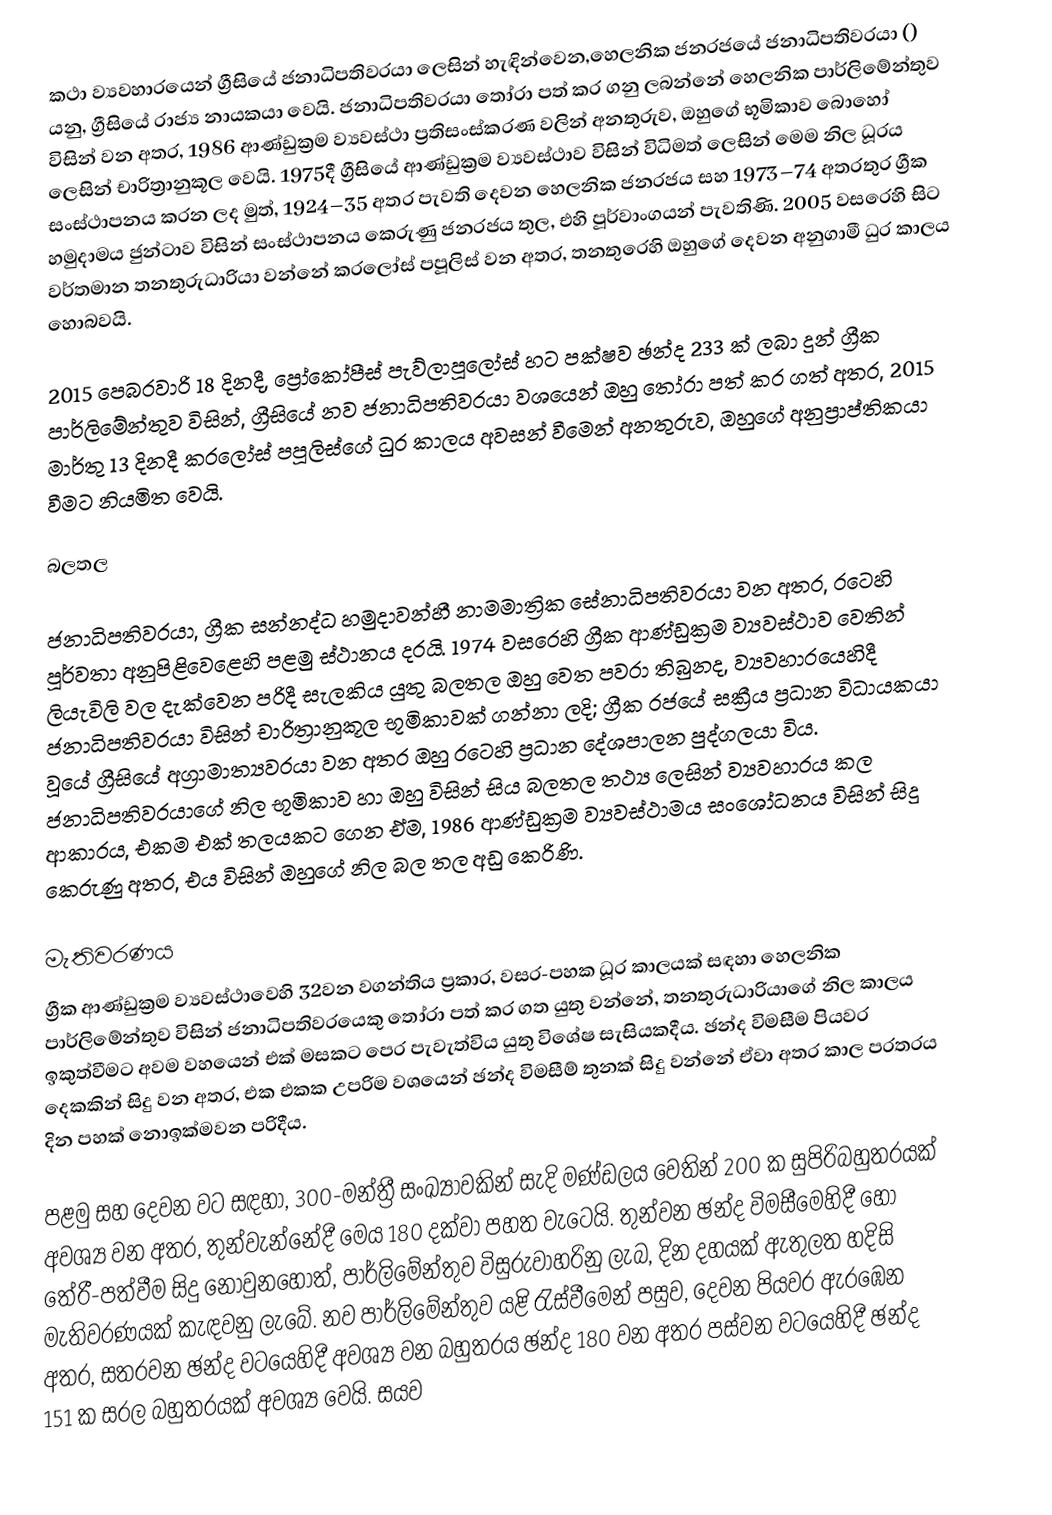
කථා ව්‍යවහාරයෙන් ග්‍රීසියේ ජනාධිපතිවරයා ලෙසින් හැඳින්වෙන,හෙලනික ජනරජයේ ජනාධිපතිවරයා () යනු, ග්‍රීසියේ රාජ්‍ය නායකයා වෙයි. ජනාධිපතිවරයා තෝරා පත් කර ගනු ලබන්නේ හෙලනික පාර්ලිමේන්තුව විසින් වන අතර, 1986 ආණ්ඩුක්‍රම ව්‍යවස්ථා ප්‍රතිසංස්කරණ වලින් අනතුරුව, ඔහුගේ භූමිකාව බොහෝ ලෙසින් චාරිත්‍රානුකූල වෙයි.  1975දී  ග්‍රීසියේ ආණ්ඩුක්‍රම ව්‍යවස්ථාව විසින්  විධිමත් ලෙසින් මෙම නිල ධූරය සංස්ථාපනය කරන ලද මුත්, 1924–35 අතර පැවති දෙවන හෙලනික ජනරජය  සහ 1973–74 අතරතුර ග්‍රීක හමුදාමය ජුන්ටාව විසින් සංස්ථාපනය කෙරුණු  ජනරජය තුල,  එහි පූර්වාංගයන් පැවතිණි. 2005 වසරෙහි සිට වර්තමාන තනතුරුධාරියා වන්නේ කරලෝස් පපූලිස් වන අතර, තනතුරෙහි ඔහුගේ දෙවන අනුගාමී ධුර කාලය හොබවයි.

2015 පෙබරවාරි 18 දිනදී,  ප්‍රෝකෝපීස් පැව්ලාපූලෝස් හට පක්ෂව ඡන්ද  233 ක් ලබා දුන්   ග්‍රීක පාර්ලිමේන්තුව විසින්,  ග්‍රීසියේ නව ජනාධිපතිවරයා වශයෙන් ඔහු  තෝරා පත් කර ගත් අතර, 2015 මාර්තු 13 දිනදී කරලෝස් පපූලිස්ගේ ධුර කාලය අවසන් වීමෙන් අනතුරුව,  ඔහුගේ අනුප්‍රාප්තිකයා වීමට නියමිත වෙයි.

බලතල

ජනාධිපතිවරයා,  ග්‍රීක සන්නද්ධ හමුදාවන්හී නාමමාත්‍රික සේනාධිපතිවරයා වන අතර, රටෙහි පූර්වතා අනුපිළිවෙළෙහි පළමු ස්ථානය දරයි.  1974 වසරෙහි ග්‍රීක ආණ්ඩුක්‍රම ව්‍යවස්ථාව වෙතින් ලියැවිලි වල දැක්වෙන පරිදී සැලකිය යුතු බලතල ඔහු වෙත පවරා තිබුනද, ව්‍යවහාරයෙහිදී ජනාධිපතිවරයා විසින් චාරිත්‍රානුකූල භූමිකාවක් ගන්නා ලදි; ග්‍රීක රජයේ  සක්‍රීය ප්‍රධාන විධායකයා  වූයේ  ග්‍රීසියේ අග්‍රාමාත්‍යවරයා වන අතර ඔහු රටෙහි ප්‍රධාන දේශපාලන පුද්ගලයා විය. ජනාධිපතිවරයාගේ නිල භූමිකාව හා ඔහු විසින් සිය බලතල තථ්‍ය ලෙසින් ව්‍යවහාරය කල ආකාරය,  එකම එක් තලයකට ගෙන ඒම, 1986 ආණ්ඩුක්‍රම ව්‍යවස්ථාමය සංශෝධනය විසින් සිදු කෙරුණු අතර, එය විසින් ඔහුගේ නිල බල තල අඩු කෙරිණි.

මැතිවරණය
ග්‍රීක ආණ්ඩුක්‍රම ව්‍යවස්ථාවෙහි 32වන වගන්තිය ප්‍රකාර, වසර-පහක ධූර කාලයක් සඳහා හෙලනික පාර්ලිමේන්තුව විසින් ජනාධිපතිවරයෙකු තෝරා පත් කර ගත යුතු වන්නේ, තනතුරුධාරියාගේ නිල කාලය ඉකුත්වීමට අවම වහයෙන් එක් මසකට පෙර පැවැත්විය යුතු විශේෂ සැසියකදීය. ඡන්ද විමසීම පියවර දෙකකින් සිදු වන අතර, එක එකක උපරිම වශයෙන් ඡන්ද විමසීම් තුනක් සිදු වන්නේ ඒවා අතර කාල පරතරය දින පහක් නොඉක්මවන පරිදීය.

පළමු සහ දෙවන වට සඳහා,  300-මන්ත්‍රී සංඛ්‍යාවකින් සැදි මණ්ඩලය වෙතින් 200 ක   සුපිරිබහුතරයක් අවශ්‍ය වන අතර, තුන්වැන්නේදී මෙය 180 දක්වා පහත වැටෙයි. තුන්වන ඡන්ද විමසීමෙහිදී හෝ තේරී-පත්වීම සිදු නොවුනහොත්, පාර්ලිමේන්තුව විසුරුවාහරිනු ලැබ, දින දහයක් ඇතුලත  හදිසි මැතිවරණයක් කැඳවනු  ලැබේ. නව පාර්ලිමේන්තුව යළි රැස්වීමෙන් පසුව, දෙවන පියවර ඇරඹෙන අතර, සතරවන ඡන්ද වටයෙහිදී අවශ්‍ය වන බහුතරය ඡන්ද 180 වන අතර පස්වන වටයෙහිදී ඡන්ද 151 ක   සරල බහුතරයක් අවශ්‍ය වෙයි. සයව